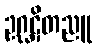
ဥဂ္ဃဋိတညူ